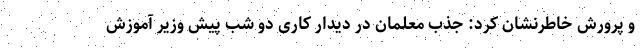
و پرورش خاطرنشان کرد: جذب معلمان در دیدار کاری دو شب پیش وزیر آموزش